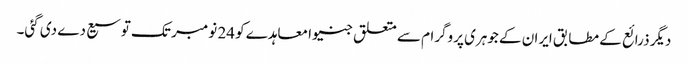
دیگر ذرائع کے مطابق ایران کے جوہری پروگرام سے متعلق جنیوا معاہدے کو 24 نومبر تک توسیع دے دی گئی۔